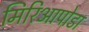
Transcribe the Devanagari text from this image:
मिरिआपोडा